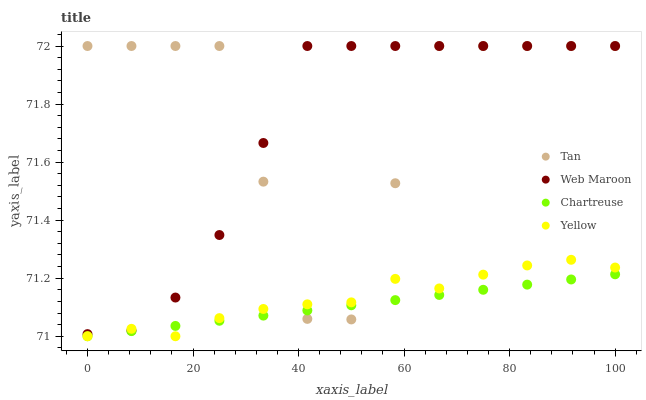
| xaxis_label | Tan | Web Maroon | Chartreuse | Yellow |
 | --- | --- | --- | --- | --- |
 | 0 | 72 | 71 | 71 | 71 |
 | 8.33 | 72 | 71 | 71 | 71 |
 | 16.7 | 72 | 71.1 | 71 | 71 |
 | 25 | 72 | 71.3 | 71.1 | 71.1 |
 | 33.3 | 71.5 | 71.7 | 71.1 | 71.1 |
 | 41.7 | 71.1 | 72 | 71.1 | 71.1 |
 | 50 | 71.1 | 72 | 71.1 | 71.1 |
 | 58.3 | 71.5 | 72 | 71.1 | 71.2 |
 | 66.7 | 72 | 72 | 71.1 | 71.2 |
 | 75 | 72 | 72 | 71.2 | 71.2 |
 | 83.3 | 72 | 72 | 71.2 | 71.2 |
 | 91.7 | 72 | 72 | 71.2 | 71.3 |
 | 100 | 72 | 72 | 71.2 | 71.2 |